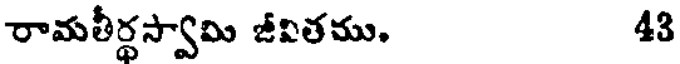
రామతీర్థస్వామి జీవితము. 43